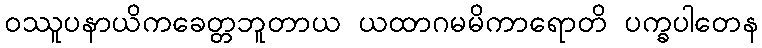
ဝဿူပနာယိကခေတ္တဘူတာယ ယထာဂမမိကာရောတိ ပက္ခပါတေန